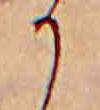
か